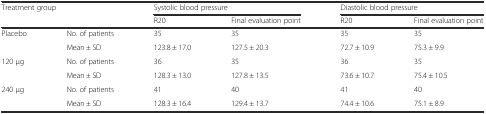
| <ROWSPAN=2-COLSPAN=2> Treatment group | <COLSPAN=2> Systolic blood pressure | <COLSPAN=2> Diastolic blood pressure |
 | R20 | Final evaluation point | R20 | Final evaluation point |
 | --- | --- | --- | --- | --- | --- |
 | <ROWSPAN=2> Placebo | No. of patients | 35 | 35 | 35 | 35 |
 | Mean ± SD | 123.8 ± 17.0 | 127.5 ± 20.3 | 72.7 ± 10.9 | 75.3 ± 9.9 |
 | <ROWSPAN=2> 120 μg | No. of patients | 36 | 35 | 36 | 35 |
 | Mean ± SD | 128.3 ± 13.0 | 127.8 ± 13.5 | 73.6 ± 10.7 | 75.4 ± 10.5 |
 | <ROWSPAN=2> 240 μg | No. of patients | 41 | 40 | 41 | 40 |
 | Mean ± SD | 128.3 ± 16.4 | 129.4 ± 13.7 | 74.4 ± 10.6 | 75.1 ± 8.9 |